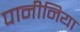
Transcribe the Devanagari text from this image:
पानीनिया